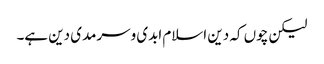
لیکن چوں کہ دین اسلام ابدی وسرمدی دین ہے۔